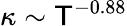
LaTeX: \kappa\sim\mathsf{T}^{-0.88}